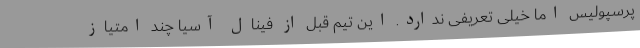
پرسپولیس اما خیلی تعریفی ندارد. این تیم قبل از فینال آسیا چند امتیاز